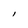
Character: l